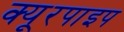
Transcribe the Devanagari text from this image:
क्‍यूरपाइप